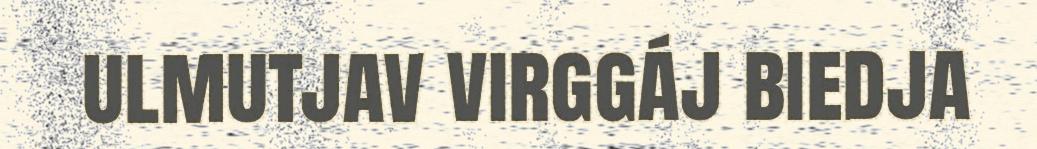
ulmutjav virggáj biedja